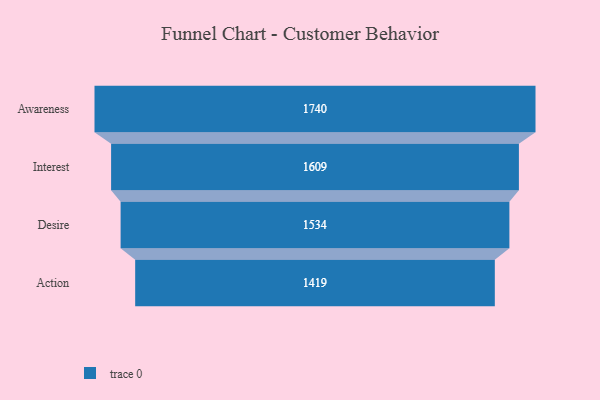
{"axis": {"x": "Stage", "y": "Value"}, "legend": [""], "data": [{"x": "Awareness", "y": 1740.0, "type": ""}, {"x": "Interest", "y": 1609.0, "type": ""}, {"x": "Desire", "y": 1534.0, "type": ""}, {"x": "Action", "y": 1419.0, "type": ""}]}